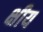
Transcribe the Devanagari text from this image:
क्षीय